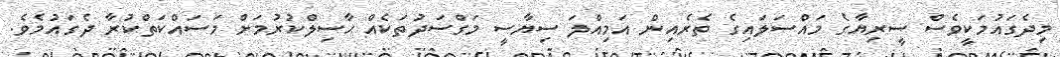
މިދެގައުމަކީވެސް ސީރިޔާގެ މައްސަލައިގެ ތެރެއިން އަމިއްލަ ސިޔާސީ މަގްސަދުތަކެއް ޙާސިލްކުރުމަށް މަސައްކަތްކުރާ ދެގައުމެވެ.